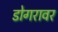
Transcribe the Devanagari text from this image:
डोगरावर